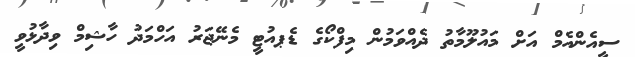
ސީއެންއެމް އަށް މައުލޫމާތު ދެއްވަމުން މިފްކޯގެ ޑެޕއުޓީ މެނޭޖަރު އަހްމަދު ހާޝިމް ވިދާޅުވީ